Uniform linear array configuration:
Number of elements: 4
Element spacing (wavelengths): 1
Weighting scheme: uniform
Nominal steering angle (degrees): -45
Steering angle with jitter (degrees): -43.725
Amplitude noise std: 0.05
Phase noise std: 0.05

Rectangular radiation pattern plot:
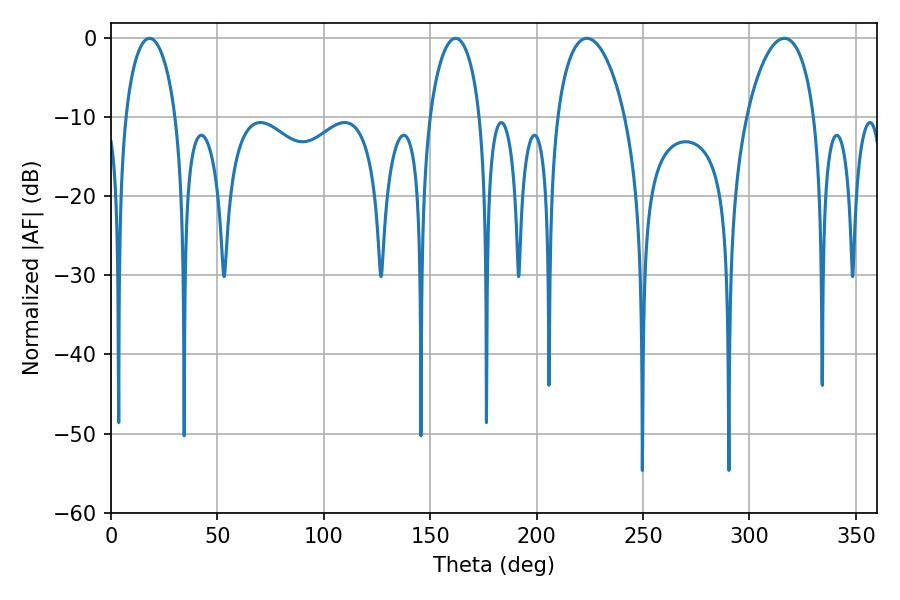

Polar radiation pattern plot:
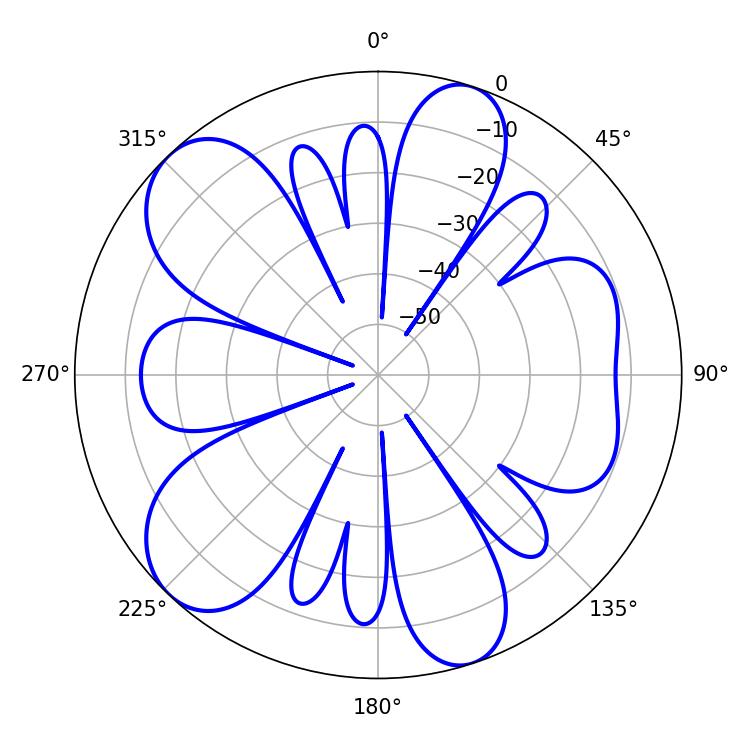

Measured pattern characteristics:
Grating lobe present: TRUE
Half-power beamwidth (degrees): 18.18
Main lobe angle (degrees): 223.56